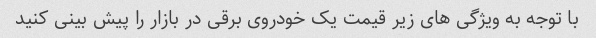
با توجه به ویژگی های زیر قیمت یک خودروی برقی در بازار را پیش بینی کنید